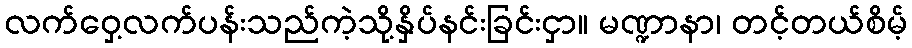
လက်ဝှေ့လက်ပန်းသည်ကဲ့သို့နှိပ်နင်းခြင်းငှာ။ မဏ္ဍာနာ၊ တင့်တယ်စိမ့်